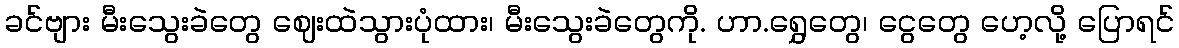
ခင်ဗျား မီးသွေးခဲတွေ ဈေးထဲသွားပုံထား၊ မီးသွေးခဲတွေကို. ဟာ.ရွှေတွေ၊ ငွေတွေ ဟေ့လို့ ပြောရင်